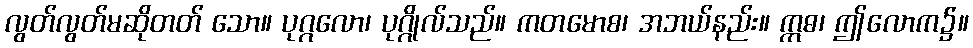
လွတ်လွတ်မဆိုတတ် သော။ ပုဂ္ဂလော၊ ပုဂ္ဂိုလ်သည်။ ကတမောစ၊ အဘယ်နည်း။ ဣဓ၊ ဤလောက၌။